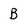
Character: B